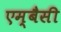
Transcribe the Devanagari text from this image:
एम्बैसी